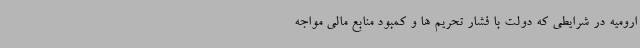
ارومیه در شرایطی که دولت با فشار تحریم ها و کمبود منابع مالی مواجه